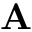
\mathbf { A }